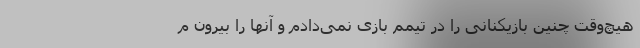
هیچ‌وقت چنین بازیکنانی را در تیمم بازی نمی‌دادم و آنها را بیرون م